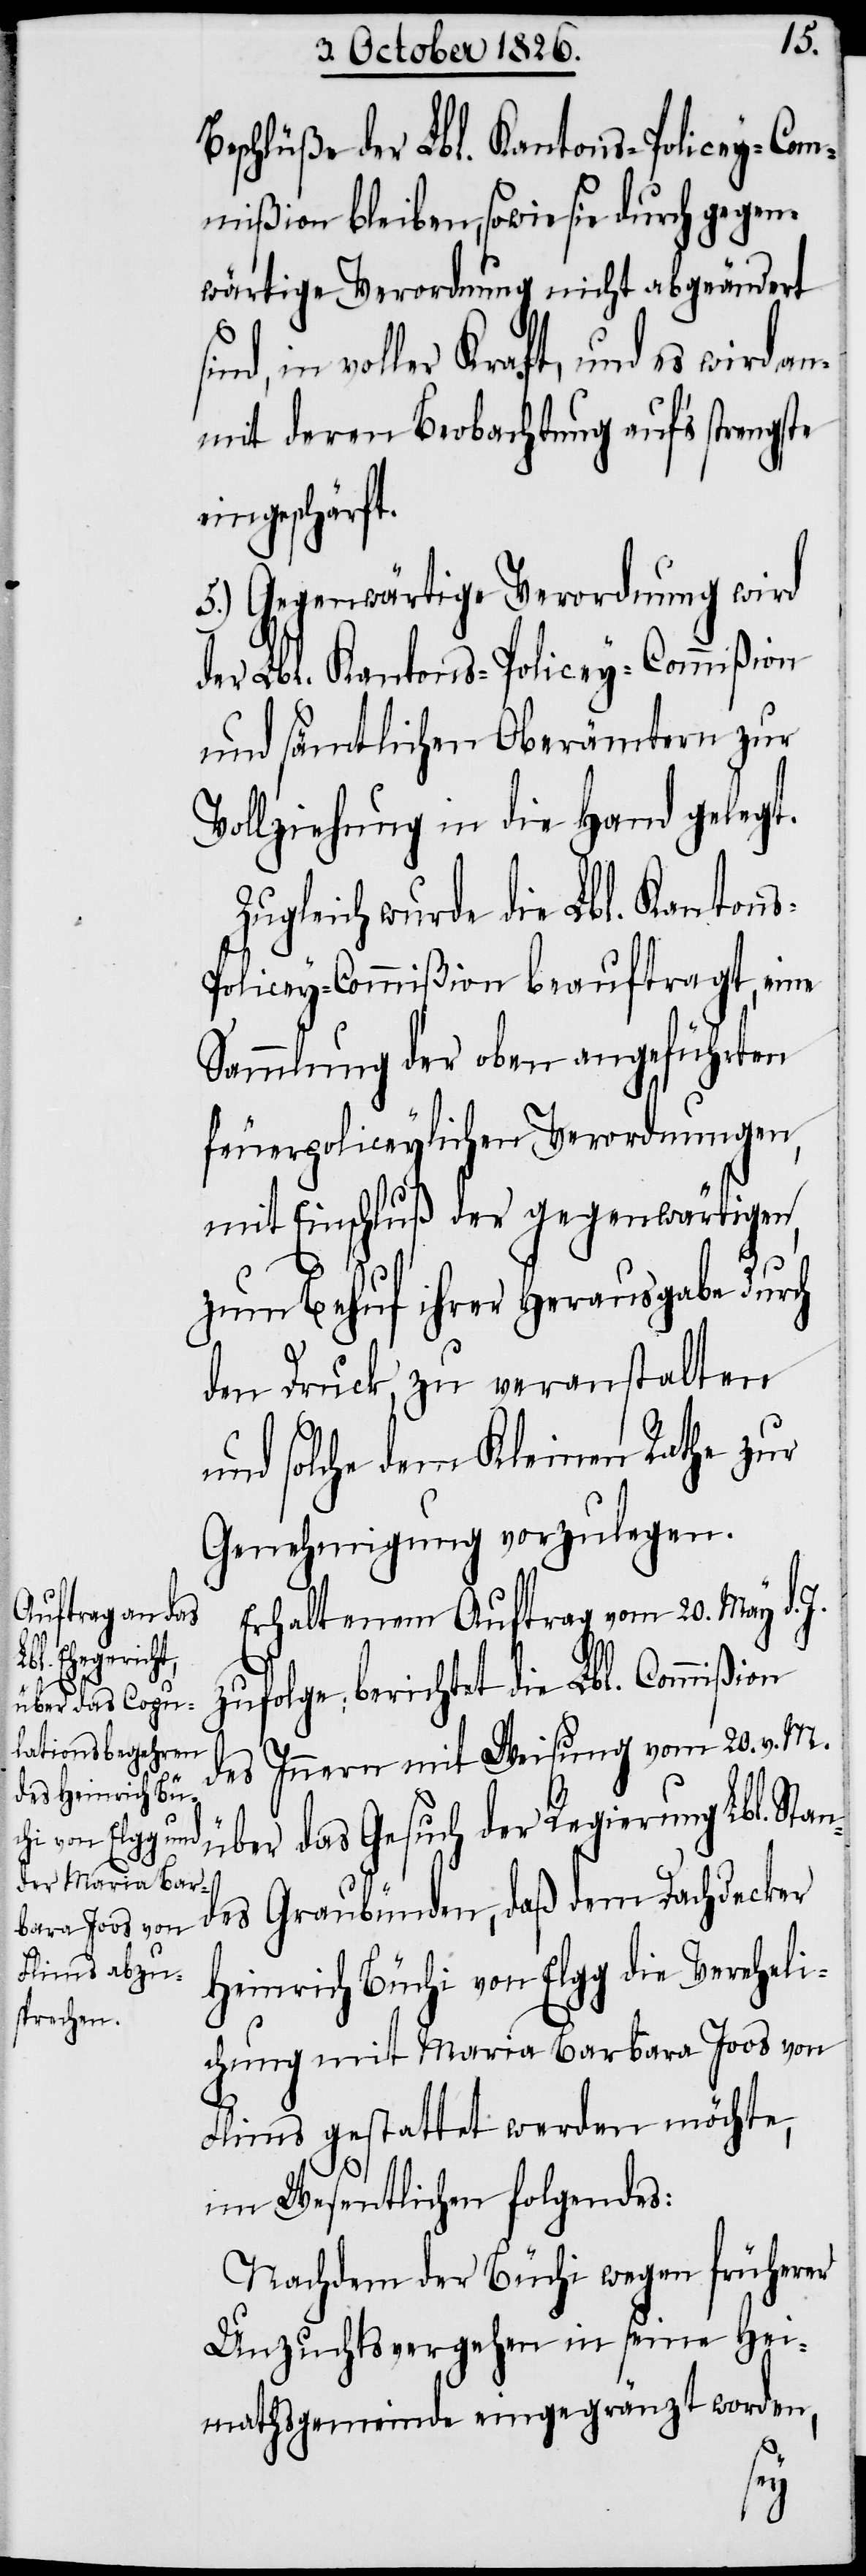
s-P¬
Beschlüße der Lbl. Kantons-Policey-Com¬
mißion bleiben, sowie sie durch gegen¬
wärtige Verordnung nicht abgeändert
in voller Kraft, und es wird an¬
mit deren Beobachtung auf’s strengste
eingeschärft.
5.) Gegenwärtige Verordnung wird
der Lbl. Kantons-Policey-Commißion
und sämtlichen Oberämtern zur
Vollziehung in die Hand gelegt.
Zugleich wurde die Lbl. Kanton¬
olicey-Commißion beauftragt, eine
Sammlung der oben angeführten
feuerpoliceylichen Verordnungen,
mit Einschluß der gegenwärtigen,
zum Behuf ihrer Herausgabe durch
den Druck, zu veranstalten
und solche dem Kleinen Rathe zur
Genehmigung vorzulegen.
Erhaltenem Auftrag vom 20. May d. J.
zufolge: berichtet die Lbl. Commißion
des Innern mit Weisung vom 20. v. M.
über das Gesuch der Regierung Lbl. Stan¬
des Graubünden, daß dem Dachdecker
Heinrich Büchi von Elgg die Vereheli¬
chung mit Maria Barbara Joos von
Flims gestattet werden möchte,
im Wesentlichen folgendes:
Nachdem der Büchi wegen früherer
Unzuchtsvergehen in seine Hei¬
mathsgemeinde eingegränzt worden,